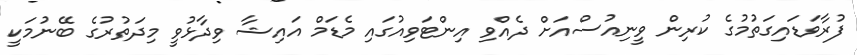
ފުރާވަޑައިގަތުމުގެ ކުރިން ވީނިއުސްއަށް ދެއްވި އިންޓަވިއުގައި މެޑަމް އައިޝާ ވިދާޅުވީ މިދަތުރުގެ ބޭނުމަކީ